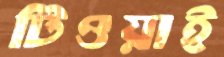
টিওয়াই